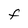
Character: F